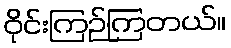
ဝိုင်းကြဉ်ကြတယ်။